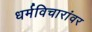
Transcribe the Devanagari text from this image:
धर्मविचारांवर